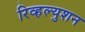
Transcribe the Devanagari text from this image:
रिव्हल्युशन